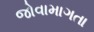
જોવામાગતા